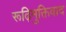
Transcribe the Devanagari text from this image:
रूढ़िमुक्तिवाद